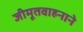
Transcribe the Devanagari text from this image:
जीमूतवाहनाने